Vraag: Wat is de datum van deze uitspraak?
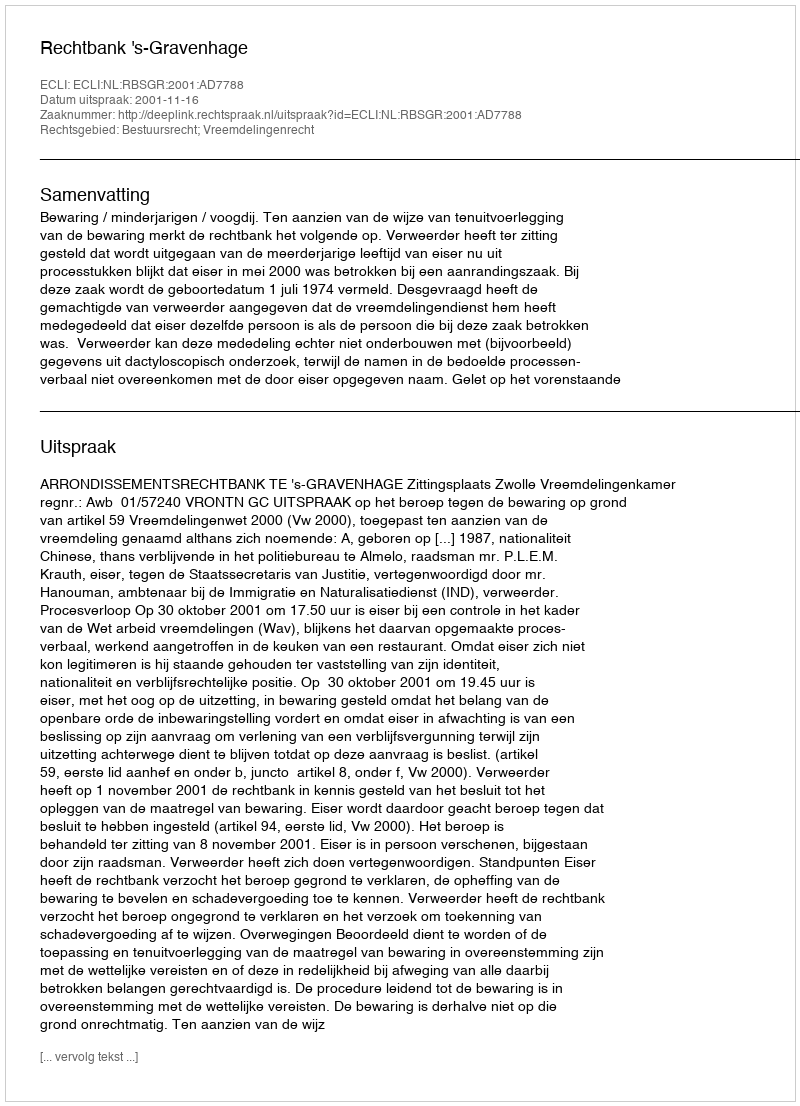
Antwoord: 2001-11-16